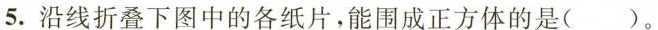
5. 沿线折叠下图中的各纸片，能围成正方体的是( )。